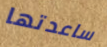
ساعدتها